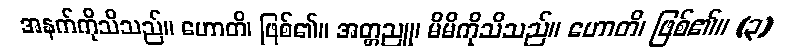
အနက်ကိုသိသည်။ ဟောတိ၊ ဖြစ်၏။ အတ္တညူ၊ မိမိကိုသိသည်။ ဟောတိ၊ ဖြစ်၏။ (၃)